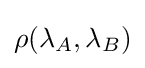
\rho (\lambda _{A},\lambda _{B})